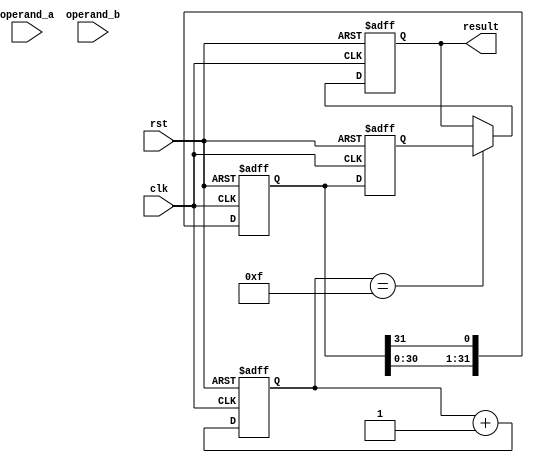
module booth_multiplier (
  input wire clk,
  input wire rst,
  input wire [15:0] operand_a,
  input wire [15:0] operand_b,
  output reg [31:0] result
);

reg [31:0] partial_product;
reg [31:0] accumulator;
reg [4:0] count;
reg [1:0] booth_encoding;
reg [15:0] multiplier_reg;

always @ (posedge clk or posedge rst) begin
  if (rst) begin
    count <= 0;
    partial_product <= 0;
    accumulator <= 0;
    booth_encoding <= 0;
    result <= 0;
    multiplier_reg <= 0;
  end else begin
    // Booth encoding scheme
    booth_encoding <= {operand_b[15], operand_b[15:0]} ^ {operand_b[15], 16'b1};

    // Multiplier registers
    if (count == 0) multiplier_reg <= operand_a;

    // Partial product calculation
    case (booth_encoding)
      2'b01: partial_product <= partial_product + multiplier_reg;
      2'b10: partial_product <= partial_product - multiplier_reg;
      default: partial_product <= partial_product;
    endcase

    // Accumulator
    accumulator <= partial_product;

    // Result normalization
    if (count == 15) result <= accumulator;

    // Shift and add operations
    count <= count + 1;
    partial_product <= {partial_product[30:0], partial_product[31]};
  end
end

endmodule